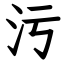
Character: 污